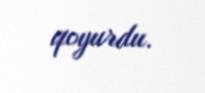
qoyurdu.